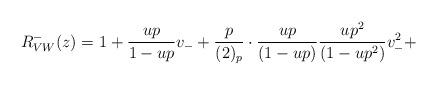
LaTeX: \begin{align*}R^-_{VW}(z) =1+\frac{up}{1-up}v_-+\frac{p}{(2)_p}\cdot\frac{up}{(1-up)}\frac{up^2}{(1-up^2)}v_-^2+\end{align*}